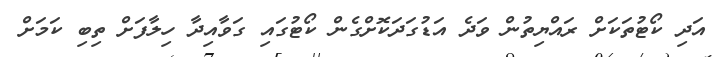
އަދި ކޯޓުތަކަށް ރައްޔިތުން ވަދެ އަޑުގަދަކޮށްގެން ކޯޓުގައި ގަވާއިދާ ހިލާފަށް ތިބި ކަމަށް